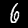
Label: 6